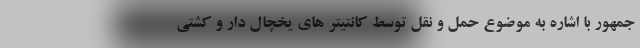
جمهور با اشاره به موضوع حمل و نقل توسط کانتیتر های یخچال دار و کشتی